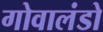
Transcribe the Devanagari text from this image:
गोवालंडो